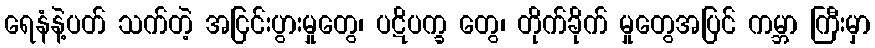
ရေနံနဲ့ပတ် သက်တဲ့ အငြင်းပွားမှုတွေ၊ ပဋိပက္ခ တွေ၊ တိုက်ခိုက် မှုတွေအပြင် ကမ္ဘာ ကြီးမှာ